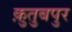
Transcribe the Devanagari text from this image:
क़ुतुबपुर